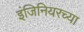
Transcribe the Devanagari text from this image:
इंजिनियरच्या